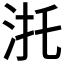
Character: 𣴜